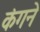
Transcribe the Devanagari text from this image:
कंगने